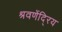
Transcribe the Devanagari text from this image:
श्रवणेंदि्रय